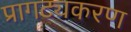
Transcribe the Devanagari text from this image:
प्रागट्यकरण